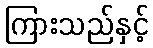
ကြားသည်နှင့်